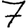
Digit: 7